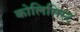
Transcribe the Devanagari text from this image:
कोलिसिस्ट